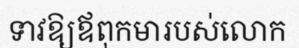
ទាវឱ្យឪពុកមារបស់លោក